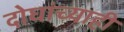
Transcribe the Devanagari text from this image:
दोघांच्‍याही